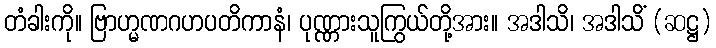
တံခါးကို။ ဗြာဟ္မဏဂဟပတိကာနံ၊ ပုဏ္ဏားသူကြွယ်တို့အား။ အဒါသိ၊ အဒါသိံ (ဆဋ္ဌ)